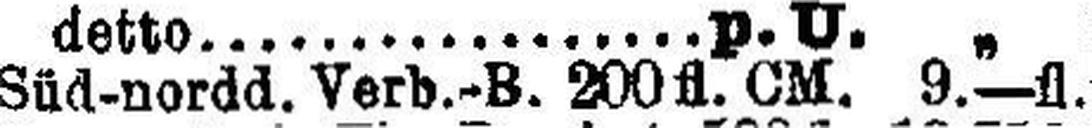
Süd-nordd. Verb.-B. 200 fl. CM. 9.—fl.